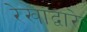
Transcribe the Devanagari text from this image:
रेखांद्वारे